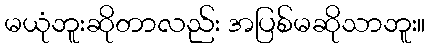
မယုံဘူးဆိုတာလည်း အပြစ်မဆိုသာဘူး။